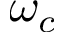
\omega _ { c }